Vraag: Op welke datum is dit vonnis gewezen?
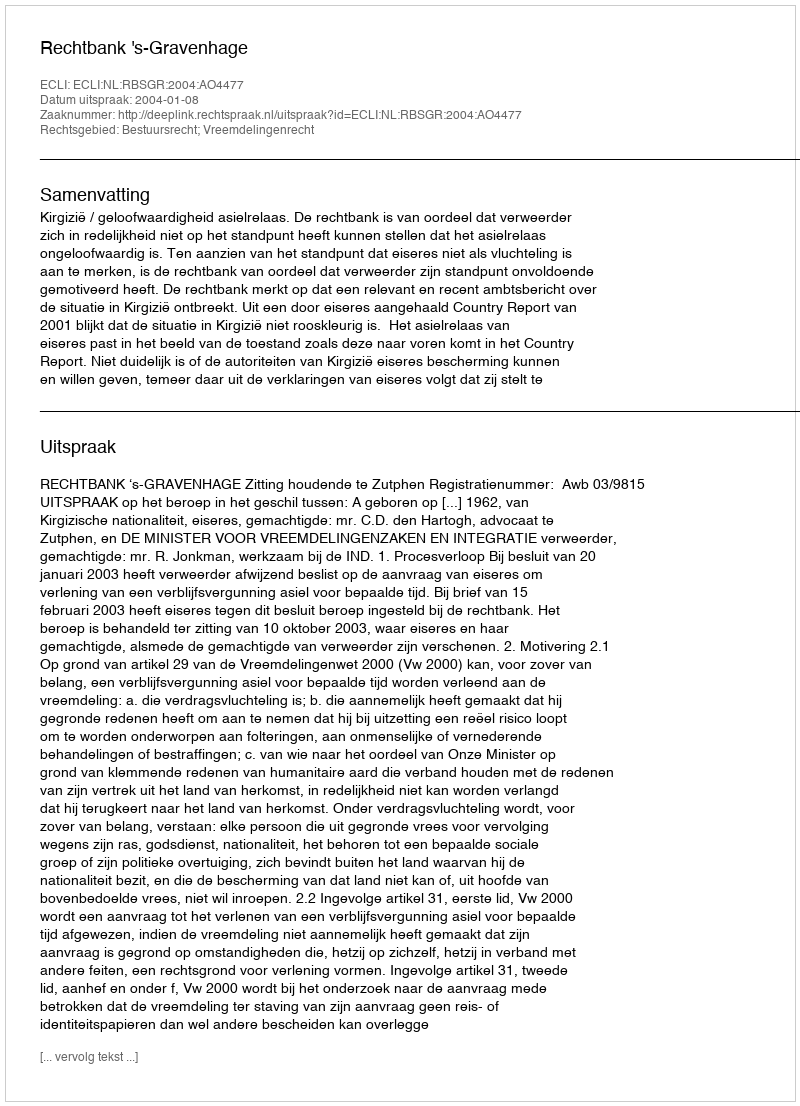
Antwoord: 2004-01-08